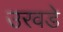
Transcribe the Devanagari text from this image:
उरवडे